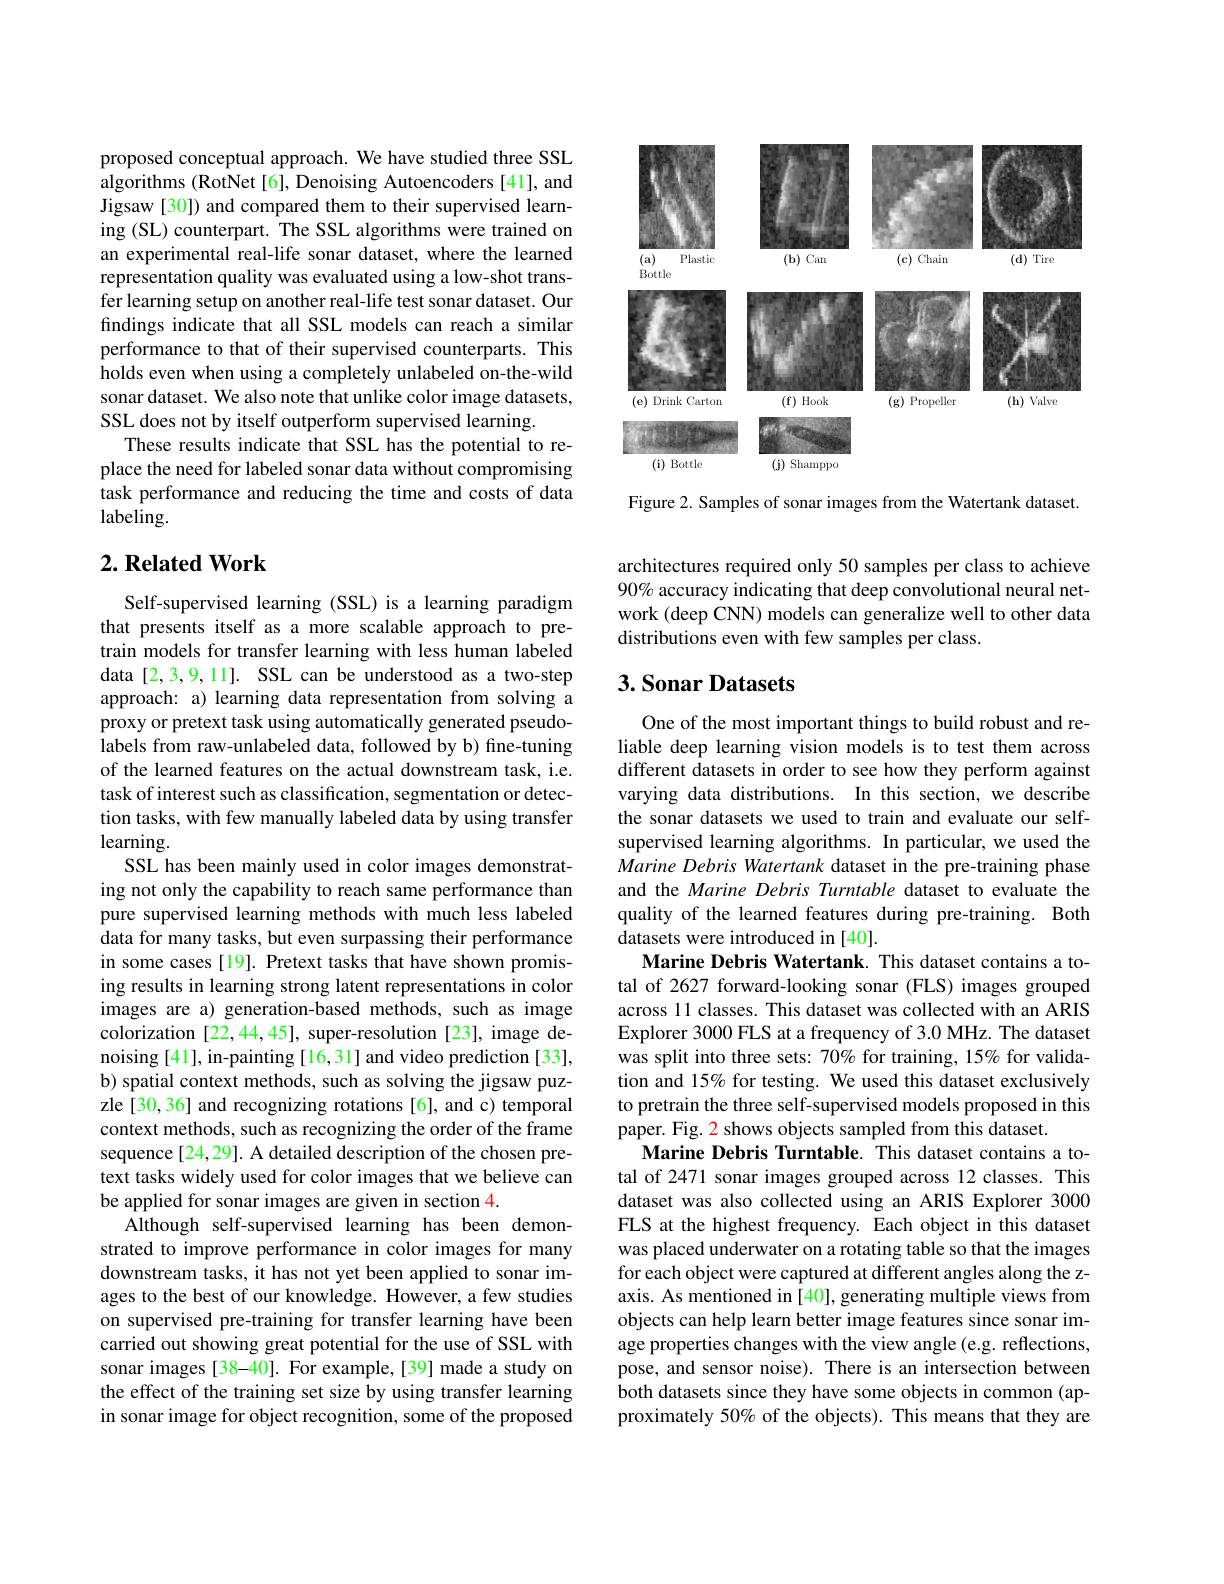
proposed conceptual approach. We have studied three SSL algorithms (RotNet [6], Denoising Autoencoders [41], and Jigsaw [30]) and compared them to their supervised learning (SL) counterpart. The SSL algorithms were trained on an experimental real-life sonar dataset, where the learned representation quality was evaluated using a low-shot transfer learning setup on another real-life test sonar dataset. Our findings indicate that all SSL models can reach a similar performance to that of their supervised counterparts. This holds even when using a completely unlabeled on-the-wild sonar dataset. We also note that unlike color image datasets, SSL does not by itself outperform supervised learning.
These results indicate that SSL has the potential to replace the need for labeled sonar data without compromising task performance and reducing the time and costs of data $labeling.$

## $2. \textbf{Related Work}$

Self-supervised learning (SSL) is a learning paradigm that presents itself as a more scalable approach to pretrain models for transfer learning with less human labeled data [2,3,9,11]. SSL can be understood as a two-step approach: a) learning data representation from solving a proxy or pretext task using automatically generated pseudolabels from raw-unlabeled data, followed by b) fine-tuning of the learned features on the actual downstream task, i.e. task of interest such as classification, segmentation or detection tasks, with few manually labeled data by using transfer learning.
SSL has been mainly used in color images demonstrating not only the capability to reach same performance than pure supervised learning methods with much less labeled data for many tasks, but even surpassing their performance in some cases[19]. Pretext tasks that have shown promising results in learning strong latent representations in color images are a) generation-based methods, such as image colorization [22,44,45], super-resolution [23], image denoising [41], in-painting [16,31] and video prediction [33], b) spatial context methods, such as solving the jigsaw puzzle [30,36] and recognizing rotations [6], and c) temporal context methods, such as recognizing the order of the frame sequence [24,29]. A detailed description of the chosen pretext tasks widely used for color images that we believe can be applied for sonar images are given in section 4.
Although self-supervised learning has been demonstrated to improve performance in color images for many downstream tasks, it has not yet been applied to sonar images to the best of our knowledge. However, a few studies on supervised pre-training for transfer learning have been carried out showing great potential for the use of SSL with sonar images [38-40]. For example,[39] made a study on the effect of the training set size by using transfer learning in sonar image for object recognition, some of the proposed

<FigureHere>

Figure 2. Samples of sonar images from the Watertank dataset.

architectures required only 50 samples per class to achieve 90% accuracy indicating that deep convolutional neural network (deep CNN) models can generalize well to other data distributions even with few samples per class.

## 3. Sonar Datasets

One of the most important things to build robust and reliable deep learning vision models is to test them across different datasets in order to see how they perform against varying data distributions. In this section, we describe the sonar datasets we used to train and evaluate our selfsupervised learning algorithms. In particular, we used the Marine Debris Watertank dataset in the pre-training phase and the Marine Debris Turntable dataset to evaluate the quality of the learned features during pre-training. Both datasets were introduced in [40].
Marine Debris Watertank. This dataset contains a total of 2627 forward-looking sonar (FLS) images grouped across 11 classes. This dataset was collected with an ARIS Explorer 3000 FLS at a frequency of 3.0 MHz. The dataset was split into three sets: 70% for training, 15% for validation and 15% for testing. We used this dataset exclusively to pretrain the three self-supervised models proposed in this paper. Fig. 2 shows objects sampled from this dataset.
Marine Debris Turntable. This dataset contains a total of 2471 sonar images grouped across 12 classes. This dataset was also collected using an ARIS Explorer 3000 FLS at the highest frequency. Each object in this dataset was placed underwater on a rotating table so that the images for each object were captured at different angles along the zaxis. As mentioned in [40], generating multiple views from objects can help learn better image features since sonar image properties changes with the view angle (e.g. reflections, pose, and sensor noise). There is an intersection between both datasets since they have some objects in common (approximately 50% of the objects). This means that they are